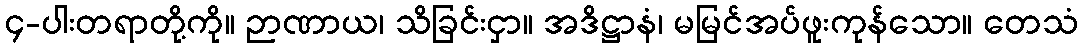
၄-ပါးတရာတို့ကို။ ဉာဏာယ၊ သိခြင်းငှာ။ အဒိဋ္ဌာနံ၊ မမြင်အပ်ဖူးကုန်သော။ တေသံ